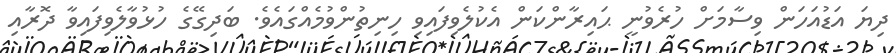
ދިޔަ އަޑުއަހަން ވިސާމަށް ހުރެވުނީ ޙައިރާންކަން އެކުލެވިފައިވި ހިނިތުންވުމެއްގައެވެ. ބަދިގޭގެ ހުޅުވާލެވިފައިވާ ދޮރާއި